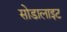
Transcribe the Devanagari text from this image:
सोडालाइट